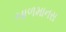
બાળમાનસ